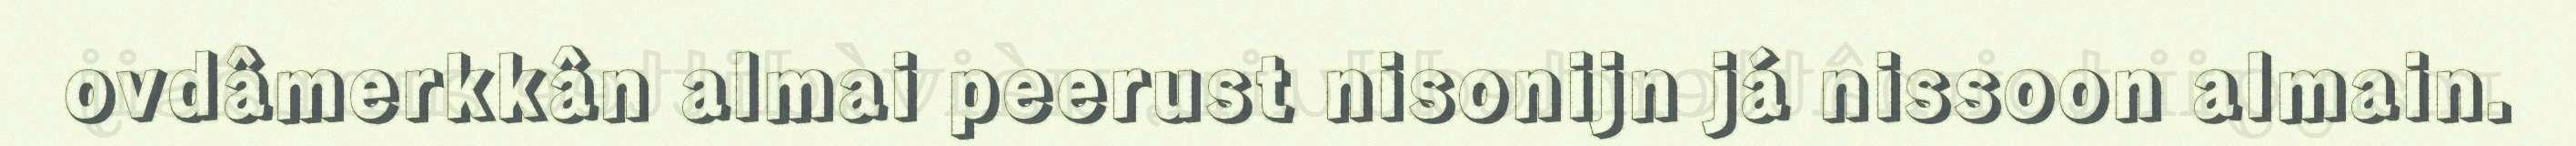
ovdâmerkkân almai peerust nisonijn já nissoon almain.